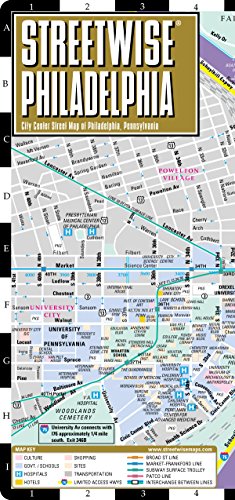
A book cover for Streetwise Philadelphia Map - Laminated City Center Street Map of Philadelphia, PA - Folding pocket size travel map with Septa metro map, bus map; Streetwise Maps; Travel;